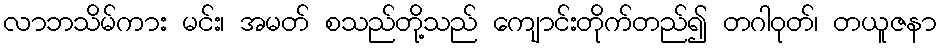
လာဘသိမ်ကား မင်း၊ အမတ် စသည်တို့သည် ကျောင်းတိုက်တည်၍ တဂါဝုတ်၊ တယူဇနာ